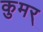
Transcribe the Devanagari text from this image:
कुमर्